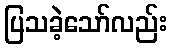
ပြသခဲ့သော်လည်း